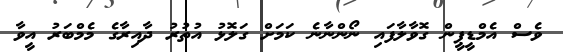
ވެސް އެމްޑީޕީން ގޮވާލާފައި ނޯންނާނެ ކަމަށް ގަލޮޅު އުތުރު ދާއިރާގެ މެމްބަރު އީވާ